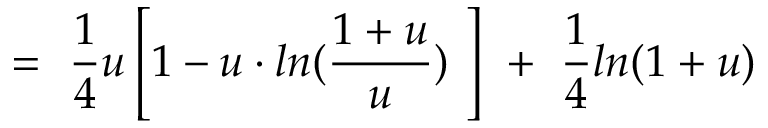
= \ \frac { 1 } { 4 } u \left[ 1 - u \cdot l n ( \frac { 1 + u } { u } ) \ \right] \ + \ \frac { 1 } { 4 } l n ( 1 + u )